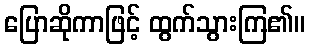
ပြောဆိုကာဖြင့် ထွက်သွားကြ၏။